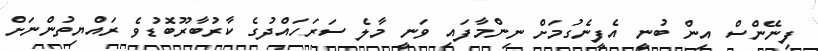
ފިނޭންސް އިން ބުނީ އެފީނެގުމަށް ނިންމާފައި ވަނީ މާލެ ސަރަހައްދުގެ ކާރުބާރޫބޮޑުވެ ރައްޔިތުންނަށް